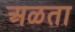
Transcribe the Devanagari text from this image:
अळता